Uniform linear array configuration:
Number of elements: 48
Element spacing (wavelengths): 0.25
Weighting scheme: hann
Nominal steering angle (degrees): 0
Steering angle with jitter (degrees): -1.022
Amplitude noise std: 0.05
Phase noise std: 0.05

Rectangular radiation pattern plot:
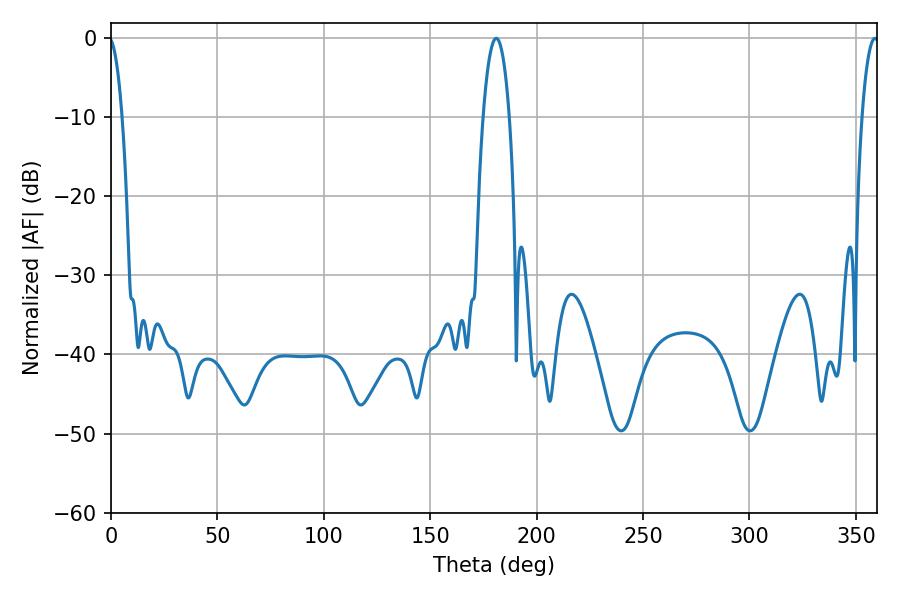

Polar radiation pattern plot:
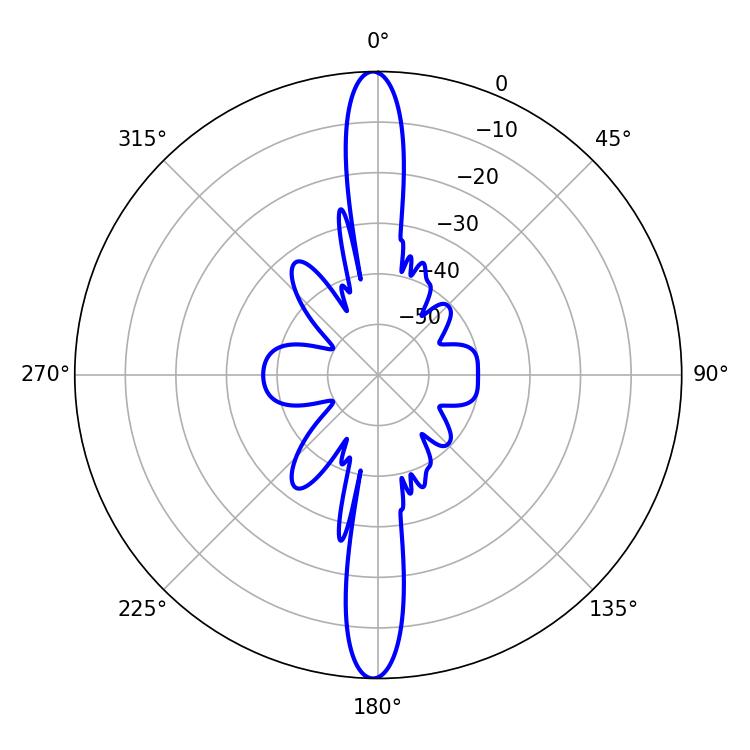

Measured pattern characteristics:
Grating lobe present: FALSE
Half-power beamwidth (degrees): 6.84
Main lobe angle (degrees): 181.08